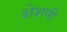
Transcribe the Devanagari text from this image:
शेशनी